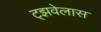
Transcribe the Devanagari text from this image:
ट्झवेलास